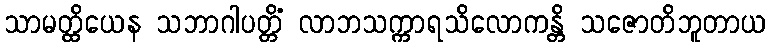
သာမတ္ထိယေန သဘာဂါပတ္တိံ လာဘသက္ကာရသိလောကန္တိ သဇောတိဘူတာယ